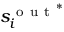
s _ { i } ^ { \mathrm { ~ o ~ u ~ t ~ } ^ { * } }